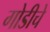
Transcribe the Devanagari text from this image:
गोडीचे